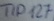
Text: TIP127